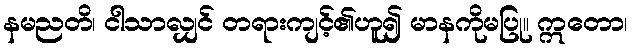
နမညတိ၊ ငါသာလျှင် တရားကျင့်၏ဟူ၍ မာနကိုမပြု။ ဣတော၊